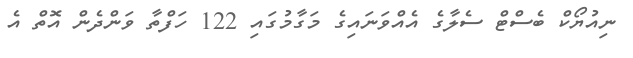
ނިއުޔޯކް ބެސްޓް ސެލާގެ އެއްވަނައިގެ މަގާމުގައި 122 ހަފްތާ ވަންދެން އޮތް އެ